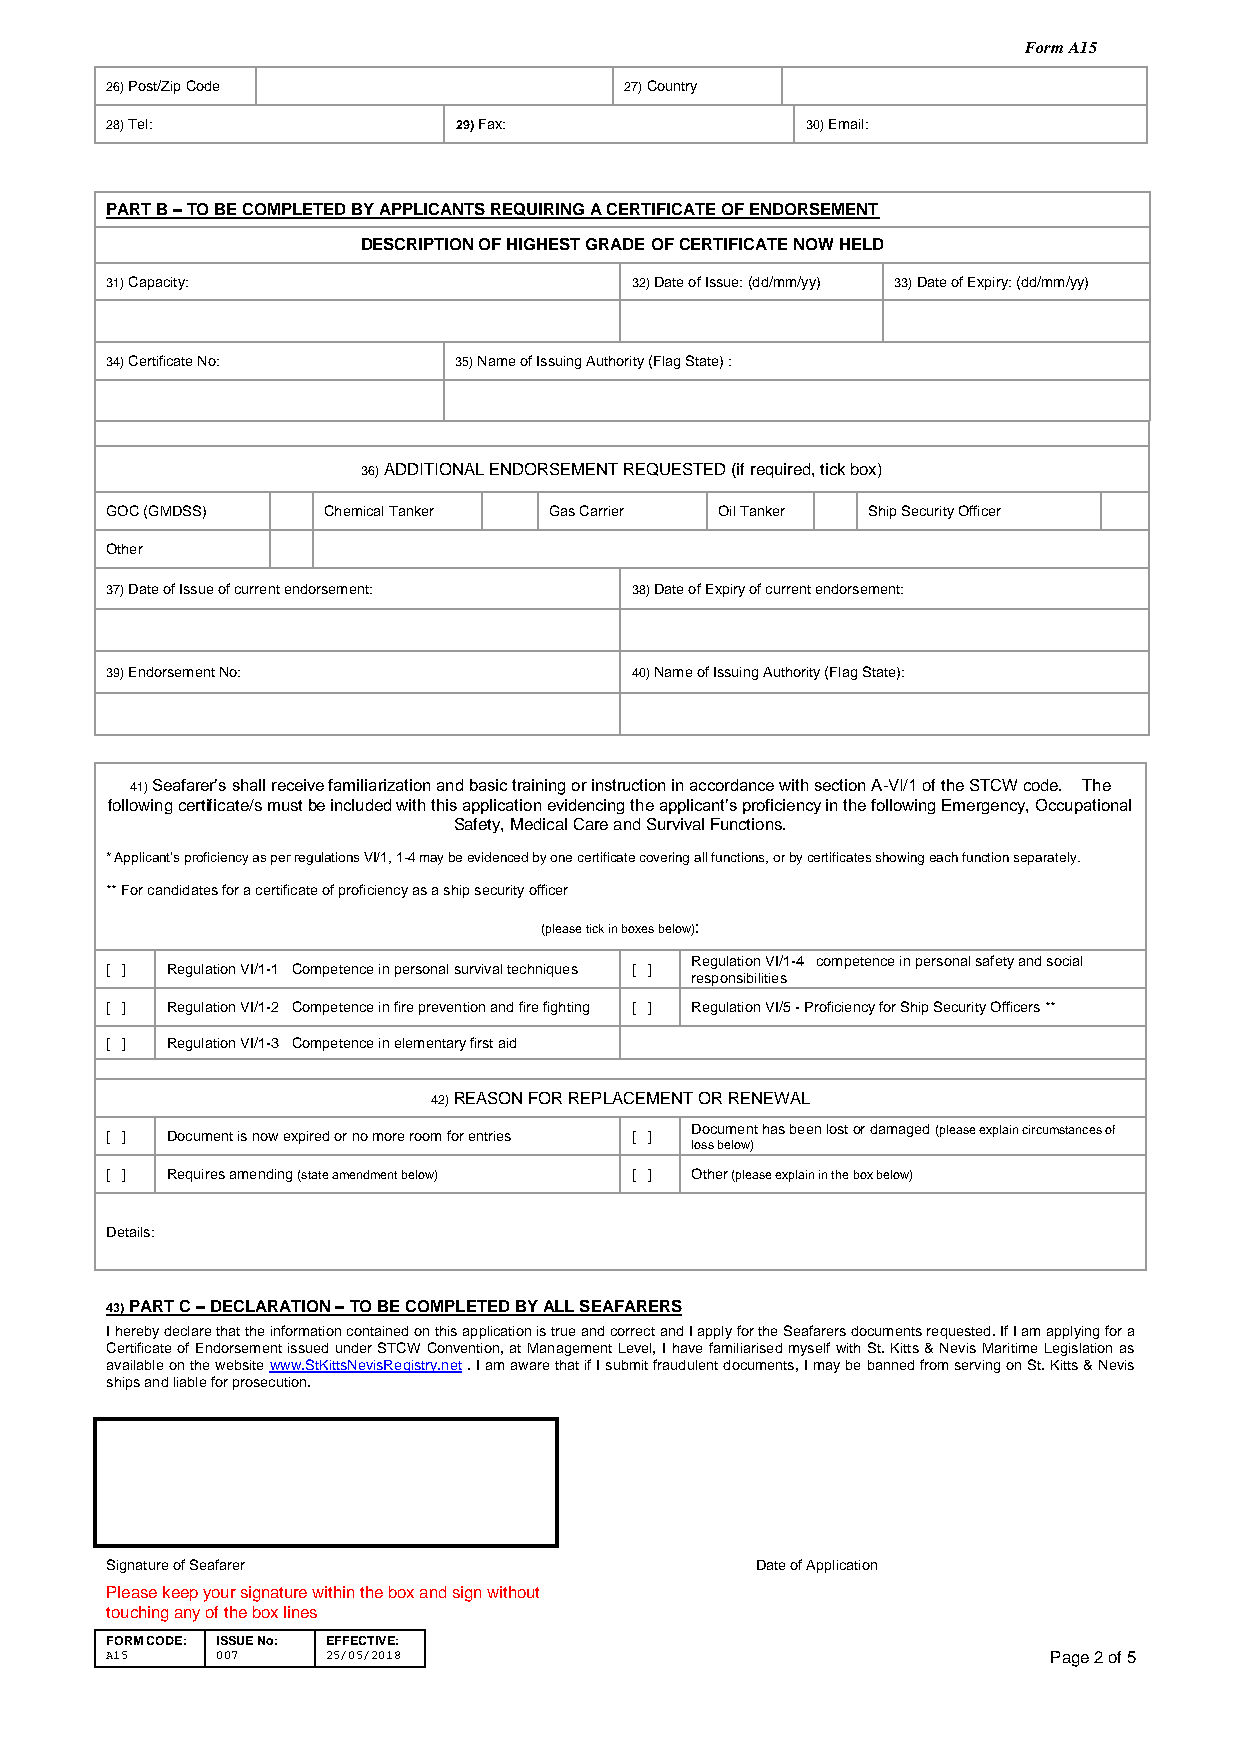
Form A15
 26) Post/Zip Code                 2 7) Country
 28) Tel:               29) Fax:               30) Email:
 PART B – TO BE COMPLETED BY APPLICANTS REQUIRING A CERTIFICATE OF ENDORSEMENT
 DESCRIPTION OF HIGHEST GRADE OF CERTIFICATE NOW HELD
 31) Capacity:                      32) Date of Issue: (dd/mm/yy) 33) Date of Expiry: (dd/mm/yy)
 34) Certificate No:    35) Name of Issuing Authority (Flag State) :
 36) ADDITIONAL ENDORSEMENT REQUESTED (if required, tick box)
 GOC (GMDSS)   Chemical Tanker Gas Carrier Oil Tanker Ship Security Officer
 Other
 37) Date of Issue of current endorsement: 38) Date of Expiry of current endorsement:
 39) Endorsement No:                40) Name of Issuing Authority (Flag State):
 41) Seafarer’s shall receive familiarization and basic training or instruction in accordance with section A-VI/1 of the STCW code. The
 following certificate/s must be included with this application evidencing the applicant’s proficiency in the following Emergency, Occupational
 Safety, Medical Care and Survival Functions.
 * Applicant’s proficiency as per regulations VI/1, 1-4 may be evidenced by one certificate covering all functions, or by certificates showing each function separately.
 ** For candidates for a certificate of proficiency as a ship security officer
 (please tick in boxes below):
 Regulation VI/1-4 competence in personal safety and social
 [ ] Regulation VI/1-1 Competence in personal survival techniques [ ]
 responsibilities
 [ ] Regulation VI/1-2 Competence in fire prevention and fire fighting [ ] Regulation VI/5 - Proficiency for Ship Security Officers **
 [ ] Regulation VI/1-3 Competence in elementary first aid
 42) REASON FOR REPLACEMENT OR RENEWAL
 [ ] Document is now expired or no more room for entries [ ] Document has been lost or damaged (please explain circumstances of
 loss below)
 [ ] Requires amending (state amendment below) [ ] Other (please explain in the box below)
 Details:
 43) PART C – DECLARATION – TO BE COMPLETED BY ALL SEAFARERS
 I hereby declare that the information contained on this application is true and correct and I apply for the Seafarers documents requested. If I am applying for a
 Certificate of Endorsement issued under STCW Convention, at Management Level, I have familiarised myself with St. Kitts & Nevis Maritime Legislation as
 available on the website www.StKittsNevisRegistry.net . I am aware that if I submit fraudulent documents, I may be banned from serving on St. Kitts & Nevis
 ships and liable for prosecution.
 Signature of Seafarer                      Date of Application
 Please keep your signature within the box and sign without
 touching any of the box lines
 FORM CODE: ISSUE No: EFFECTIVE:
 A15    007     25/05/2018                                      Page 2 of 5